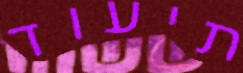
תיעוד